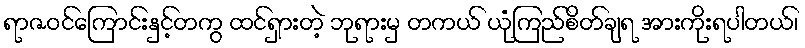
ရာဇဝင်ကြောင်းနှင့်တကွ ထင်ရှားတဲ့ ဘုရားမှ တကယ် ယုံကြည်စိတ်ချရ အားကိုးရပါတယ်၊